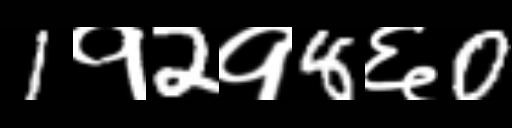
Text: 1१2१8६0